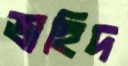
ভাহিদ